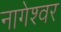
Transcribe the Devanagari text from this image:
नागेश्‍वर